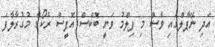
އަދި ނޭޕާލްގައި ވެސް މި ފިލްމު ވަނީ ބޮކްސް އޮފީސް ރެކޯޑް މުގުރާލާފަ